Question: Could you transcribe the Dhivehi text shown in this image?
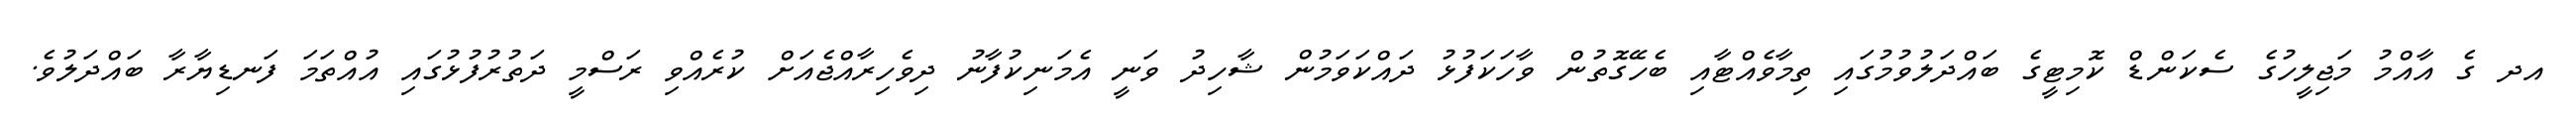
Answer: އދ ގެ އާއްމު މަޖިލީހުގެ ސެކަންޑް ކޮމިޓީގެ ބައްދަލުވުމުގައި ތިމާވެއްޓާއި ބެހޭގޮތުން ވާހަކަފުޅު ދައްކަވަމުން ޝާހިދު ވަނީ އެމަނިކުފާނު ދިވެހިރާއްޖެއަށް ކުރެއްވި ރަސްމީ ދަތުރުފުޅުގައި އުއްތަމަ ފަނޑިޔާރާ ބައްދަލުވެ.